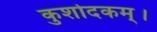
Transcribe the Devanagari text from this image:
कुशोदकम्।